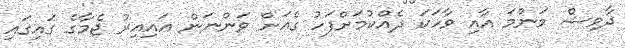
ދާވިޝް މަންމަ އާއި ވާހަކަ ދެއްކުމަށްފަހު ގެއަށް ވަންނަން އައިއިރު ޖެމާގެ ގައިގައި